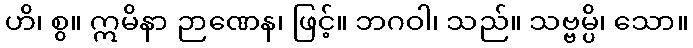
ဟိ၊ စွ။ ဣမိနာ ဉာဏေန၊ ဖြင့်။ ဘဂဝါ၊ သည်။ သဗ္ဗမ္ပိ၊ သော။